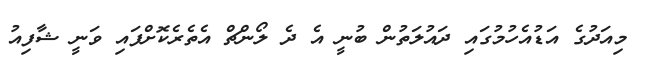
މިއަދުގެ އަޑުއެހުމުގައި ދައުލަތުން ބުނީ އެ ދެ ލޯންޗް އެތެރެކޮށްފައި ވަނީ ޝާފިއު